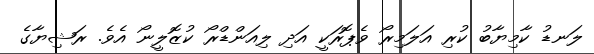
ލަނޑު ކާމިޔާބު ކުރި އަލަމިރޯ ވެޕޮރަކީ އަދި ލިއަންޑްރޯ ކުޒޮލީނޯ އެވެ. ރަޝިޔާގެ